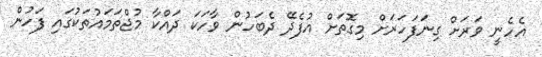
އެހެނީ ވަރަށް ގިނަފަހަރަށް މިގޮތަށް އުފެދޭ ދެބަހުން ވާހަކަ ދައްކާ މުޖްތަމައުތަކުގައި ފަހުން